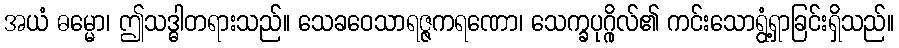
အယံ ဓမ္မော၊ ဤသဒ္ဓါတရားသည်။ သေခဝေသာရဇ္ဇကရဏော၊ သေက္ခပုဂ္ဂိုလ်၏ ကင်းသောရွံ့ရှာခြင်းရှိသည်။